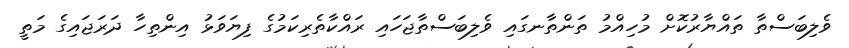
ވެލިބަސްތާ ތައްޔާރުކޮށް މުހިއްމު ތަންތާނގައި ވެލިބަސްތާޖަހައި ރައްކާތެރިކަމުގެ ފިޔަވަޅު އިންތިހާ ދަރަޖައިގެ މަތީ